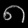
Digit: ၈